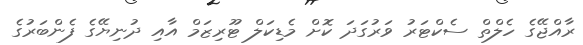
ރާއްޖޭގެ ހެލްތް ސެކްޓަރު ވަރުގަދަ ކޮށް މެޑިކަލް ޓޫރިޒަމް އާއި ދުނިޔޭގެ ފެންބަރުގެ